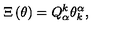
\Xi \left( \theta \right) = Q _ { \alpha } ^ { k } \theta _ { k } ^ { \alpha } ,